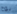
نوح